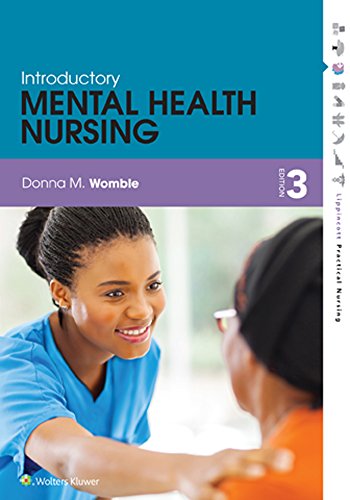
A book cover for Introductory Mental Health Nursing; Donna Womble MEd  BS  RN; Medical Books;